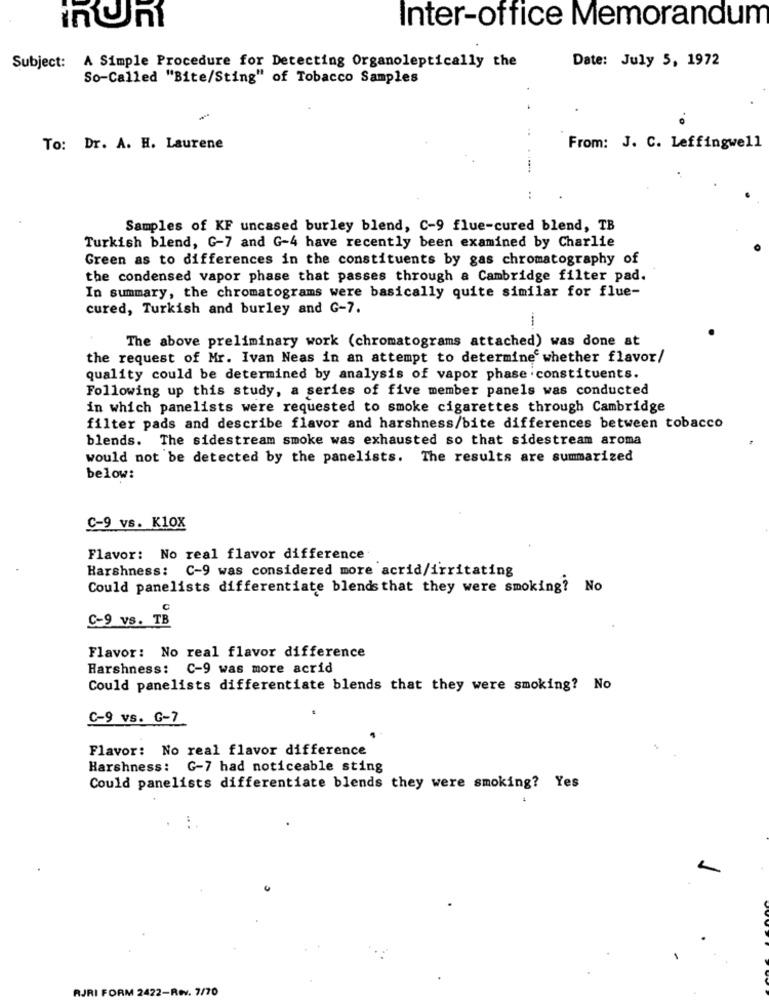
Inter-office Memorandum
inUm
Date: July 5, 1972
Subject: A Simple Procedure for Detecting Organoleptically the
So-Called "Bite/Sting" of Tobacco Samples
To: Dr. A. H. Laurene
From: J. C. Leffingwell
Samples of KF uncased burley blend, C-9 flue-cured blend, TB
Turkish blend, G-7 and G-4 have recently been examined by Charlie
Green as to differences in the constituents by gas chromatography of
the condensed vapor phase that passes through a Cambridge filter pad.
In summary, the chromatograms were basically quite similar for flue-
cured, Turkish and burley and G-7.
The above preliminary work (chromatograms attached) was done at
the request of Mr. Ivan Neas in an attempt to determine whether flavor/
quality could be determined by analysis of vapor phase constituents.
Following up this study, a series of five member panels was conducted
in which panelists were requested to smoke cigarettes through Cambridge
filter pads and describe flavor and harshness/bite differences between tobacco
blends. The sidestream smoke was exhausted so that sidestream aroma
would not be detected by the panelists. The results are summarized
below:
C-9 vs. K10X
Flavor: No real flavor difference
Harshness: C-9 was considered more acrid/irritating
Could panelists differentiate blends that they were smoking? No
C-9 vs. TB
Flavor: No real flavor difference
Harshness: C-9 was more acrid
Could panelists differentiate blends that they were smoking? No
C-9 vs. G-7
Flavor: No real flavor difference
Harshness: G-7 had noticeable sting
Could panelists differentiate blends they were smoking? Yes
RJRI FORM 2422-Rev. 7/70